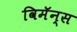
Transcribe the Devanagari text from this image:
विमॅन्स